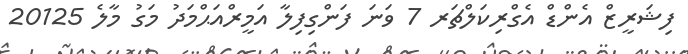
ފިޝަރީޒް އެންޑް އެގްރިކަލްޗަރ 7 ވަނަ ފަންގިފިލާ އަމީރްއަޙްމަދު މަގު މާލެ 20125